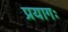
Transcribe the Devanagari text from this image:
प्रयागः